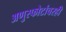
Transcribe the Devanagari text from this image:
अणुस्फोटांवरही